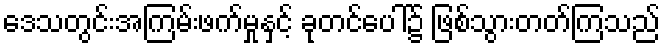
ဒေသတွင်းအကြမ်းဖက်မှုနှင့် ခုတင်ပေါ်၌ ဖြစ်သွားတတ်ကြသည်